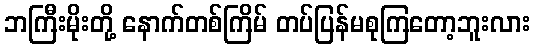
ဘကြီးမိုးတို့ နောက်တစ်ကြိမ် တပ်ပြန်မစုကြတော့ဘူးလား